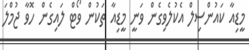
މީޑިއާ ކައުންސިލް އެކުލެވިގެން ވަނީ މީޑިއާ ތަކުން ވޯޓް ލައިގެން ހޮވާ ޖުމްލަ